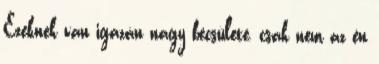
Ezeknek van igazán nagy becsülete, csak nem az én